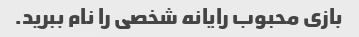
بازی محبوب رایانه شخصی را نام ببرید.